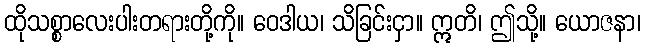
ထိုသစ္စာလေးပါးတရားတို့ကို။ ဝေဒါယ၊ သိခြင်းငှာ။ ဣတိ၊ ဤသို့။ ယောဇနာ၊